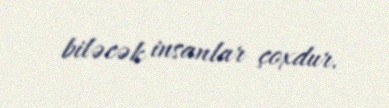
biləcək insanlar çoxdur.